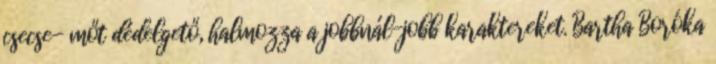
csecse- mőt dédelgető, halmozza a jobbnál-jobb karaktereket. Bartha Boróka